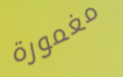
مغمورة